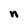
Character: n